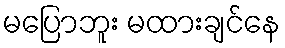
မပြောဘူး မထားချင်နေ